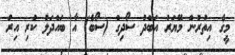
މީގެ އިތުރުން މޭޔަރު އަބްދު ސޯދިގް (ސޯބެ) އާ ބައްދަލު ކުރި އިރު